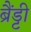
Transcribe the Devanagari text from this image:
ब्रैंड्टी